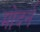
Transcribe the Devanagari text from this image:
मोदर्न